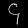
Digit: ၄